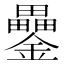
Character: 𨯔